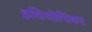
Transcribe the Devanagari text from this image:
इथियोपिका